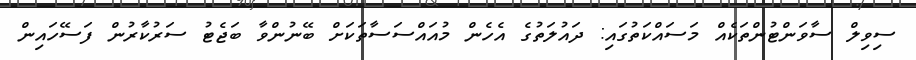
ސިވިލް ސާވަންޓުންތަކެއް މަސައްކަތުގައި: ދައުލަތުގެ އެހެން މުއައްސަސާތަކަށް ބޭނުންވާ ބަޖެޓު ސަރުކާރުން ފަސޭހައިން